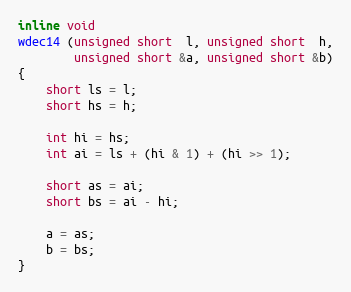
Language: C++
inline void
wdec14 (unsigned short  l, unsigned short  h,
        unsigned short &a, unsigned short &b)
{
    short ls = l;
    short hs = h;

    int hi = hs;
    int ai = ls + (hi & 1) + (hi >> 1);

    short as = ai;
    short bs = ai - hi;

    a = as;
    b = bs;
}